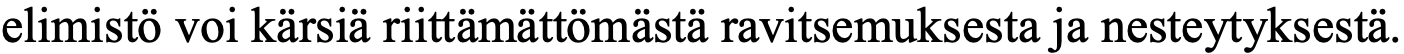
elimistö voi kärsiä riittämättömästä ravitsemuksesta ja nesteytyksestä.